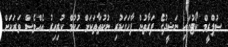
ސުޕްރީމް ކޯޓުގައި ނަޝީދުގެ ފަރާތުން ފާހަގަކުރި ނުކުތާތަކަށް ހުކުމް ކުރިއިރު އެއްވެސް ވަރަކަށް